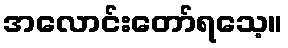
အလောင်းတော်ရသေ့။